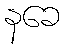
နခေ